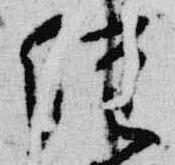
経